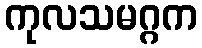
ကုလသမဂ္ဂက